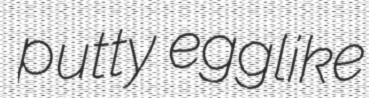
putty egglike